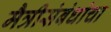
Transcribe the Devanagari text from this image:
मैत्रीसंबंधांचा